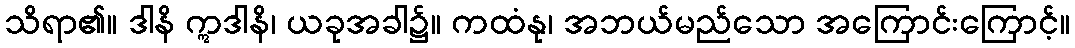
သိရာ၏။ ဒါနိ ဣဒါနိ၊ ယခုအခါ၌။ ကထံနု၊ အဘယ်မည်သော အကြောင်းကြောင့်။